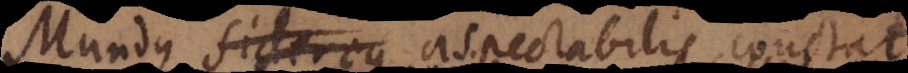
Mundus Sidereus aspectabilis constat